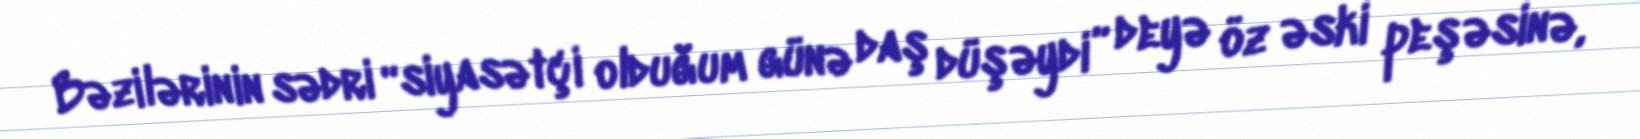
Bəzilərinin sədri “siyasətçi olduğum günə daş düşəydi” deyə öz əski peşəsinə,